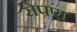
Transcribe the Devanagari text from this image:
रोपएा